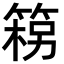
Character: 𮅦